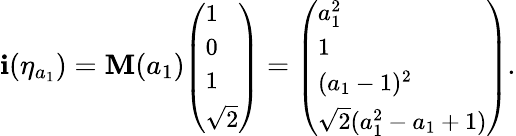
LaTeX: \begin{array}{r}{\mathbf i(\eta_{a_{1}})=\mathbf{M}(a_{1}){\small\left(\begin{array}{l}{1}\\ {0}\\ {1}\\ {\sqrt{2}}\end{array}\right)}={\small\left(\begin{array}{l}{a_{1}^{2}}\\ {1}\\ {(a_{1}-1)^{2}}\\ {\sqrt{2}(a_{1}^{2}-a_{1}+1)}\end{array}\right)}.}\end{array}